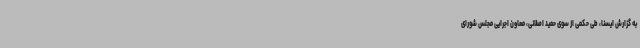
به گزارش ایسنا، طی حکمی از سوی حمید اصلانی، معاون اجرایی مجلس شورای